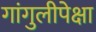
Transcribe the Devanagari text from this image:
गांगुलीपेक्षा